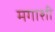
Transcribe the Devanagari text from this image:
मगाशी